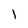
Character: I